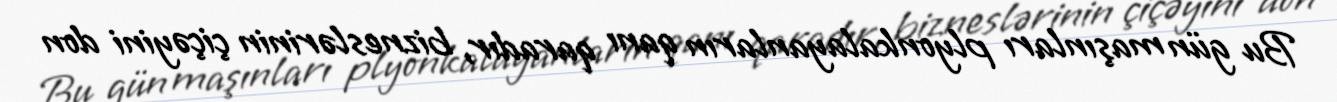
Bu gün maşınları plyonkalayanların qanı qaradır, bizneslərinin çiçəyini don